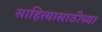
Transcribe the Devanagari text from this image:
साहित्यासाठीच्या